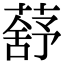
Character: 𦺗